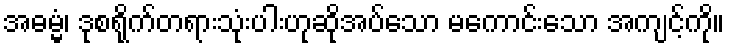
အဓမ္မံ၊ ဒုစရိုက်တရားသုံးပါးဟုဆိုအပ်သော မကောင်းသော အကျင့်ကို။